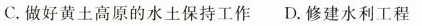
C.做好黄土高原的水土保持工作 D.修建水利工程